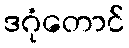
ဒဂုံတောင်